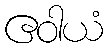
ဧဝါယံ